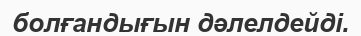
болғандығын дәлелдейді.